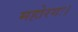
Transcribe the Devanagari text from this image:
महोरगः।